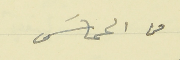
من الحماسَ